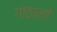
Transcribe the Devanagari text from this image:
गोठालो